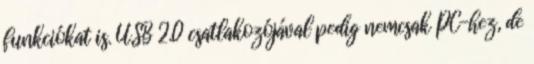
funkciókat is. USB 2.0 csatlakozójával pedig nemcsak PC-hez, de